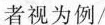
者视为例/